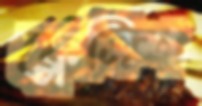
ফ্লেমিশ